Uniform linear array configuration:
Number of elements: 48
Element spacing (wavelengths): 0.5
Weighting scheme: binomial
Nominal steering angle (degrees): -45
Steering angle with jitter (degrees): -46.872
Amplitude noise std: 0.05
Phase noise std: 0.05

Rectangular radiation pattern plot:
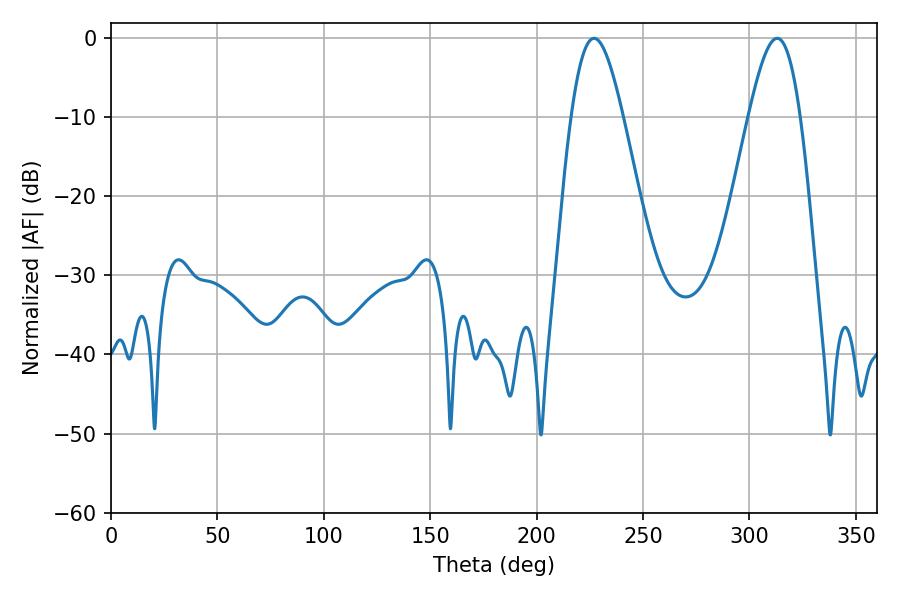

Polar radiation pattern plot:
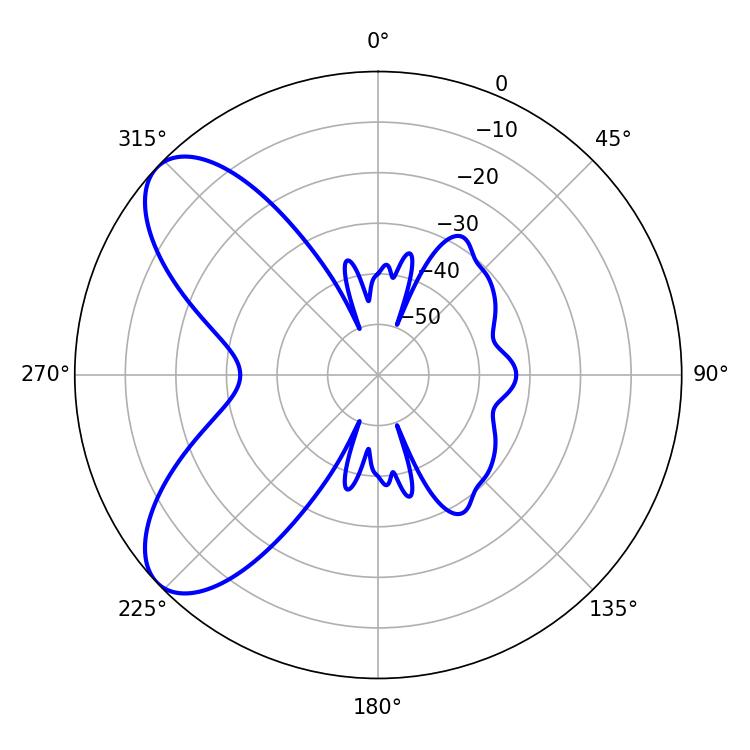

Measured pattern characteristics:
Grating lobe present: FALSE
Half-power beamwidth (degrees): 12.96
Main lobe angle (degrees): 226.98